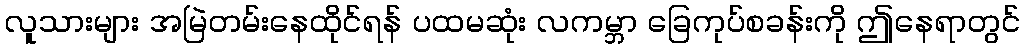
လူသားများ အမြဲတမ်းနေထိုင်ရန် ပထမဆုံး လကမ္ဘာ ခြေကုပ်စခန်းကို ဤနေရာတွင်